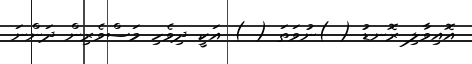
އޮއިވާލި ރޮނޑު ( )ނުވަތަ ( ) އަކީ ދިވެހި މަސްވެރިން ދަންނަ